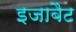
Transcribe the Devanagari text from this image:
इजाबैट